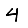
Digit: 4